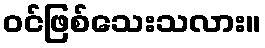
ဝင်ဖြစ်သေးသလား။